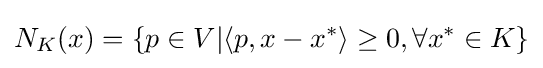
N_{K}(x)=\{p\in V|\langle p,x-x^{*}\rangle \geq 0,\forall x^{*}\in K\}